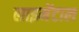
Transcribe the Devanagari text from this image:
लाइमेंटाल